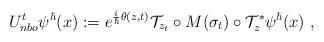
LaTeX: \begin{align*}U_{nbo}^t\psi^\hbar(x):=e^{\frac{i}{\hbar}\theta(z ,t)}\mathcal{T}_{z_t}\circ M(\sigma_t)\circ\mathcal{T}^*_{z }\psi^\hbar(x) \ ,\end{align*}